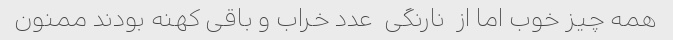
همه چیز خوب اما از  نارنگی  عدد خراب و باقی کهنه بودند ممنون